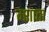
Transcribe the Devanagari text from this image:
म्शाता